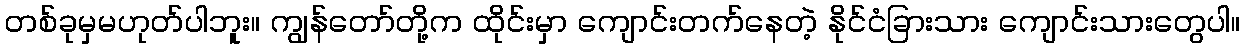
တစ်ခုမှမဟုတ်ပါဘူး။ ကျွန်တော်တို့က ထိုင်းမှာ ကျောင်းတက်နေတဲ့ နိုင်ငံခြားသား ကျောင်းသားတွေပါ။